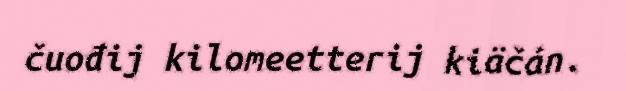
čuođij kilomeetterij kiäčán.